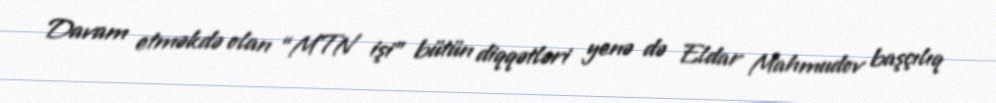
Davam etməkdə olan “MTN işi” bütün diqqətləri yenə də Eldar Mahmudov başçılıq